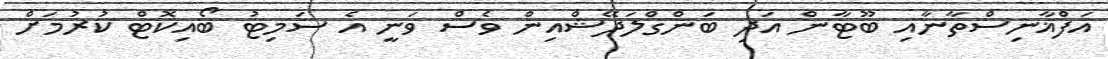
އަފްޣާނިސްތާނާއި ބޫޓާން އަދި ބަންގްލަދޭޝްއިން ވެސް ވަނީ އެ ސަމިޓު ބޯއިކޮޓް ކުރުމަށް